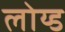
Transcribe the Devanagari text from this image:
लोय्ड